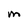
Character: m